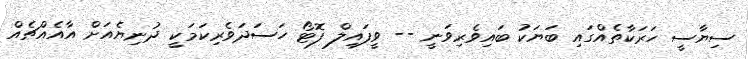
ސިޔާސީ ހަރަކާތެއްގައި ބަޔަކު ބައިވެރިވަނީ -- ވީފައިލް ފޮޓޯ ހަސަދަވެރިކަމަކީ ދުނިޔެއަށް އާއެއްޗެއް